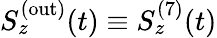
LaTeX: S_{z}^{(\mathrm{out})}(t)\equiv S_{z}^{(7)}(t)